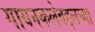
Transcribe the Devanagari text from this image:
गायनकलेबद्दलच्या